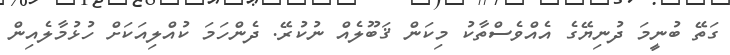
ގަތޭ ބުނީމަ ދުނިޔޭގެ އެއްވެސްތާކު މިކަން ޤަބޫލެއް ނުކުރޭ. ދެންހަމަ ކުއްލިއަކަށް ހުޅުމާލެއިން